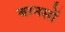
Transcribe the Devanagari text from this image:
बानसों